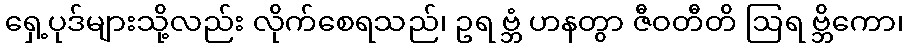
ရှေ့ပုဒ်များသို့လည်း လိုက်စေရသည်၊ ဥရ ဗ္ဘံ ဟနတွာ ဇီဝတီတိ ဩရ ဗ္ဘိကော၊